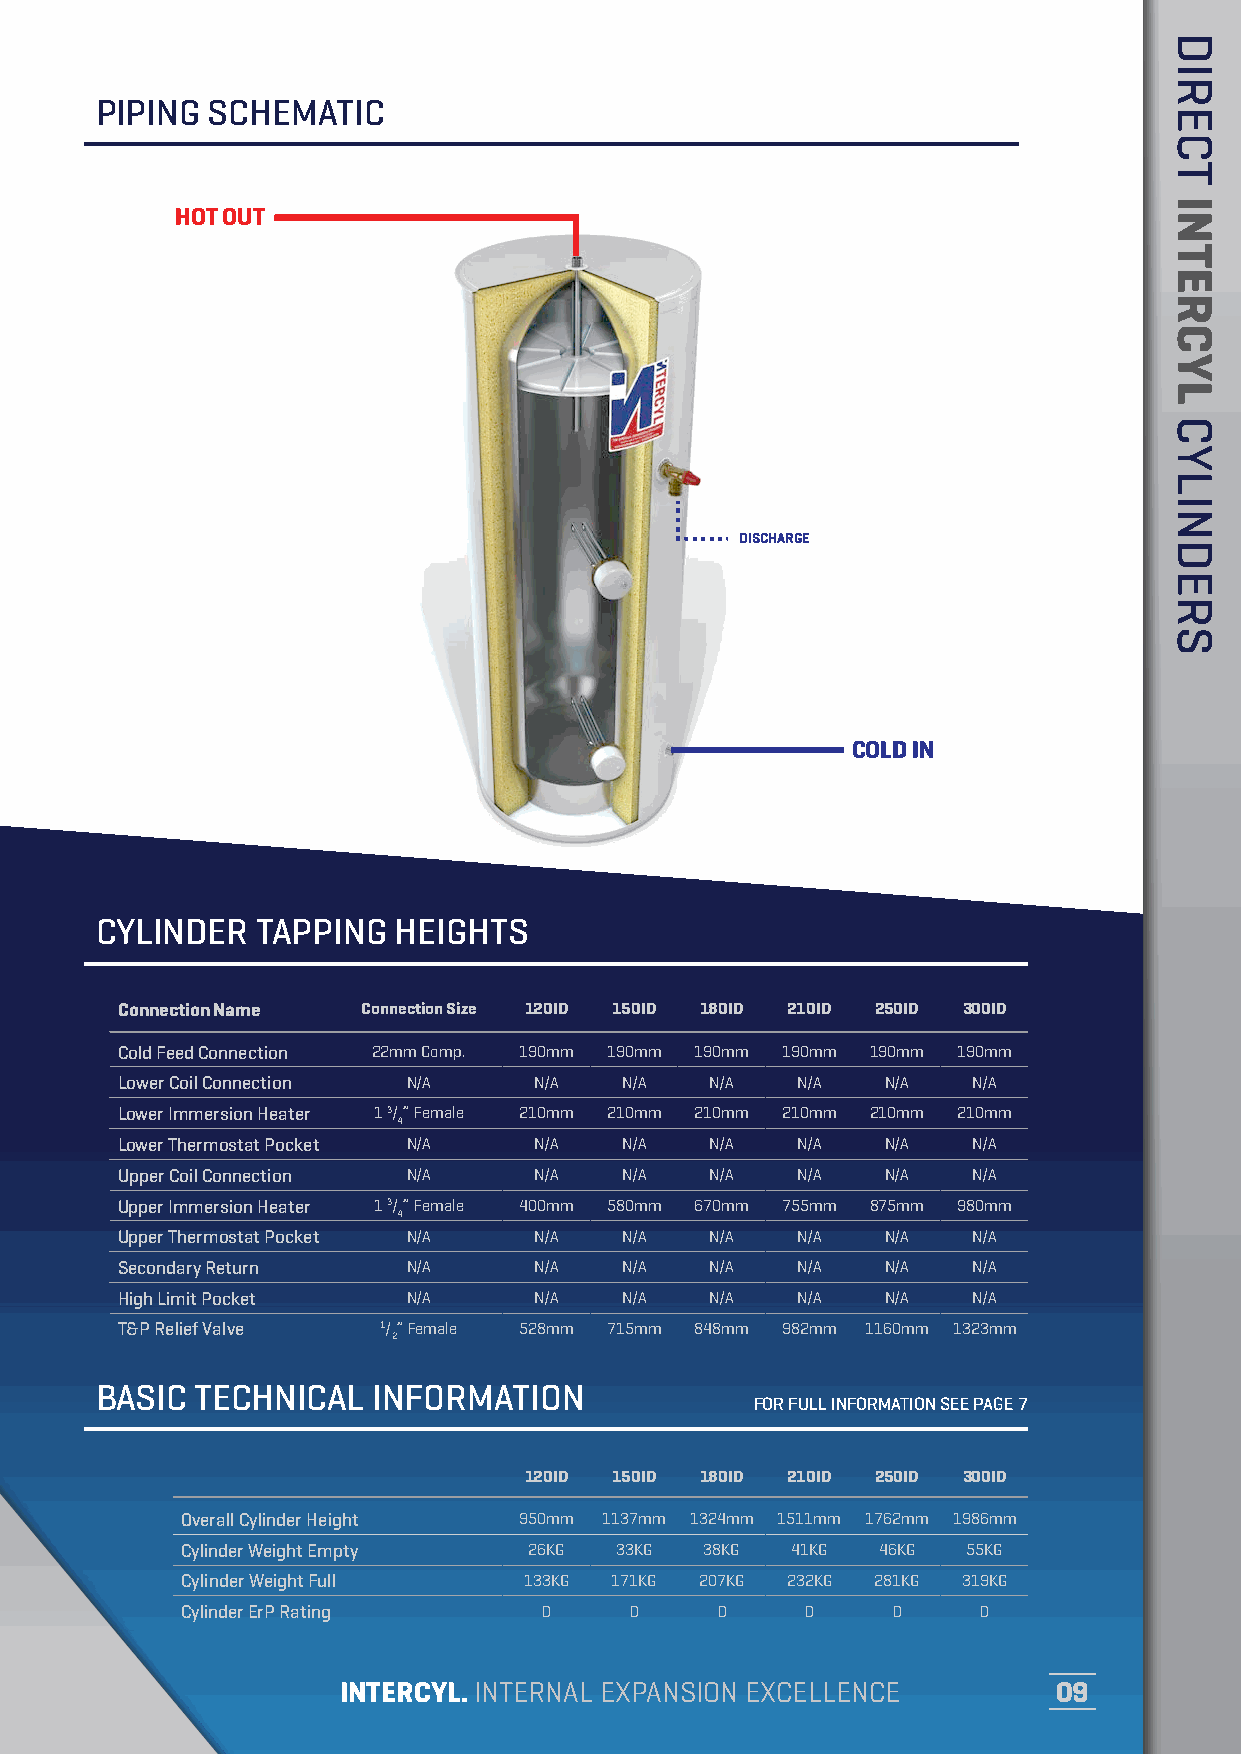
PIPING  SCHEMATIC
 HOT OUT
 DISCHARGE
 COLD IN
 CYLINDER   TAPPING  HEIGHTS
 Connection Name Connection Size 120ID 150ID 180ID 210ID 250ID 300ID
 Cold Feed Connection 22mm Comp. 190mm 190mm 190mm 190mm 190mm 190mm
 Lower Coil Connection N/A  N/A   N/A   N/A   N/A   N/A  N/A
 Lower Immersion Heater 1 3/” Female 210mm 210mm 210mm 210mm 210mm 210mm
 4
 Lower Thermostat Pocket N/A N/A  N/A   N/A   N/A   N/A  N/A
 Upper Coil Connection N/A  N/A   N/A   N/A   N/A   N/A  N/A
 Upper Immersion Heater 1 3/” Female 400mm 580mm 670mm 755mm 875mm 980mm
 4
 Upper Thermostat Pocket N/A N/A  N/A   N/A   N/A   N/A  N/A
 Secondary Return   N/A     N/A   N/A   N/A   N/A   N/A  N/A
 High Limit Pocket  N/A     N/A   N/A   N/A   N/A   N/A  N/A
 T&P Relief Valve 1/” Female 528mm 715mm 848mm 982mm 1160mm 1323mm
 2
 BASIC  TECHNICAL   INFORMATION
 FOR FULL INFORMATION SEE PAGE 7
 120ID 150ID 180ID 210ID 250ID 300ID
 Overall Cylinder Height 950mm 1137mm 1324mm 1511mm 1762mm 1986mm
 Cylinder Weight Empty  26KG  33KG  38KG 41KG  46KG  55KG
 Cylinder Weight Full   133KG 171KG 207KG 232KG 281KG 319KG
 Cylinder ErP Rating     D     D    D     D     D     D
 INTERCYL. INTERNAL EXPANSION EXCELLENCE        09
 DIRECT
 INTERCYL
 CYLINDERS